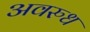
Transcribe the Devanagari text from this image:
अवरुध